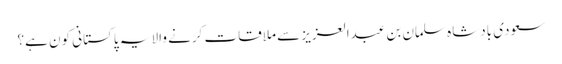
سعودی بادشاہ سلمان بن عبدالعزیز سے ملاقات کرنے والا یہ پاکستانی کون ہے؟